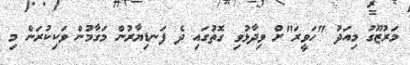
މަރުޒޫގު މިއަދު "ހަވީރަ"ށް ވިދާޅުވި ގޮތުގައި ދެ ފަނޑިޔާރުން މަގާމުން ވަކިކުރަން މި